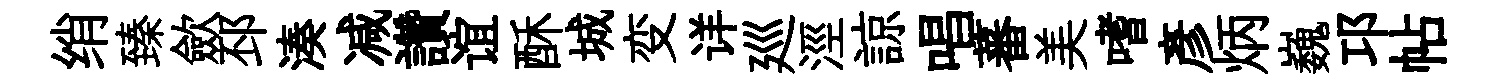
绡臻歛邳湊减讚谊酥城变详廵涇諒唱蕃美嗜彦炳巍邛帖